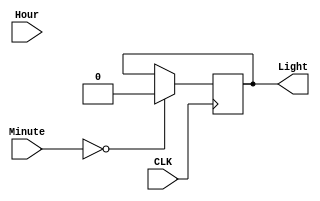
/**
call when time 12:00 13:00 15:00....

*/

module CallTime(
    input CLK,
    input [7:0] Hour,
    input [7:0] Minute,
    output reg Light
);
    reg [7:0] curHour;
    reg [7:0] counter;

    // initial begin
    //     curHour = 8'b0000_0000;
    //     counter = 8'b0000_0000;
    // end
    
    // reg [3:0] counterH;
    // reg [3:0] counterL;
    // reg [7:0] curHour;
    // reg [7:0] counter;
    // reg flag;
    // reg [7:0] mcounter;
    //reg [7:0] flag;
    // initial begin
    //     counterH = 4'b0000;
    //     counterL = 4'b0000;
    //     flag = 0;
    //     mcounter = 8'b0000_0000;
    // end

    always @(posedge CLK) begin
        if (Minute == 8'h00) begin
            curHour = Hour[7:4] * 10 + Hour[38:0];
            if (counter < curHour + curHour) begin
                Light = ~Light;
                counter = counter + 1;
            end
            else begin
                Light = 0;
                counter = counter + 1;
            end
        end
        else begin
            counter = 0;
        end

        // if (CLK) begin
		// 	if(~flag) begin
        //         if (Minute == 8'h00) begin
        //             flag = ~flag;
        //             case (Hour)
        //                 8'h00: counter = 8'b0000_0000;
        //                 8'h01: counter = 8'b0000_0001; 
        //                 8'h02: counter = 8'b0000_0010;
        //                 8'h03: counter = 8'b0000_0011;
        //                 8'h04: counter = 8'b0000_0100;
        //                 8'h05: counter = 8'b0000_0101;
        //                 8'h06: counter = 8'b0000_0110;
        //                 8'h07: counter = 8'b0000_0111;
        //                 8'h08: counter = 8'b0000_1000;
        //                 8'h09: counter = 8'b0000_1001;
        //                 8'h10: counter = 8'b0000_1010;
        //                 8'h11: counter = 8'b0000_1011;
        //                 8'h12: counter = 8'b0000_1100;
        //                 8'h13: counter = 8'b0000_1101;
        //                 8'h14: counter = 8'b0000_1110;
        //                 8'h15: counter = 8'b0000_1111;
        //                 8'h16: counter = 8'b0001_0000;
        //                 8'h17: counter = 8'b0001_0001;
        //                 8'h18: counter = 8'b0001_0010;
        //                 8'h19: counter = 8'b0001_0011;
        //                 8'h20: counter = 8'b0001_0100;
        //                 8'h21: counter = 8'b0001_0101;
        //                 8'h22: counter = 8'b0001_0110;
        //                 8'h23: counter = 8'b0001_0111;
        //             endcase 
        //         end
        //     end
        //     else begin
        //         if (mcounter < counter+counter) begin
        //             mcounter = mcounter + 1'b1;
        //             Light = ~Light;
        //         end
        //         else begin
        //             mcounter = 8'b0000_0000;
        //             flag = 0;
        //         end
        //     end

            // else if(Second == 8'h00 + counter) begin
            //     counter = 0;
            // end

            // if (counter > 0) begin
            //     counter = counter - 1'b1;
            //     Light = 1;
            // end

            // if (counterL < Hour[3:0]) begin
            //     counterL = counterL - 1'b1;
            //     Light = 1;
            // end
            // else begin 
            //     if(counterH > 0) begin
            //         counterH = counterH - 1'b1;
            //         counterL = 4'b1000;
            //         Light = 1;
            //     end
            // end
            // if (counterL > 0 || counterH > 0) begin
            //     Light = 1;
            //     else if (counterL[3:0] > 0) begin
            //         counterL[3:0] = counterL[3:0] - 1'b1;
            //     end
            //     else begin 
            //         if(counterH[3:0] > 0) begin
            //             counterH[3:0] = counterH[3:0] - 1'b1;
            //             counterL[3:0] = 4'b1001; 
            //         end
            //     end
            //end
        // end
        // else begin
        //     Light = 0;
        // end
    end

    // always @(counter) begin
        
    //     if (CLK) begin
    //         if (mcounter < counter) begin
    //             Light = 1;
    //             mcounter = mcounter + 1'b1;
    //         end
    //         else begin
    //             flag = 8'b0000_0000;
    //         end
    //     end
    //     else begin
    //         Light = 0;
    //     end
    // end


endmodule // CallTime